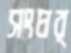
সংঘর্